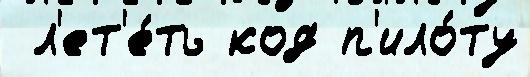
 л'ет'е́ть код п'ило́ту